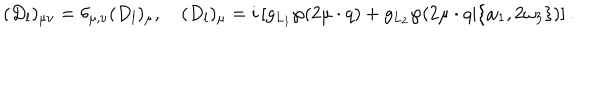
( D _ { l } ) _ { \mu \nu } = \delta _ { \mu , \nu } ( D _ { l } ) _ { \mu } , \quad ( D _ { l } ) _ { \mu } = i \left[ g _ { L _ { 1 } } \wp ( 2 \mu \cdot q ) + g _ { L _ { 2 } } \wp ( 2 \mu \cdot q | \{ \omega _ { 1 } , 2 \omega _ { 3 } \} ) \right] .